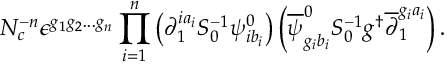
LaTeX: N _ { c } ^ { - n } \epsilon ^ { g _ { 1 } g _ { 2 } . . . g _ { n } } \prod _ { i = 1 } ^ { n } \left( \partial _ { 1 } ^ { i a _ { i } } S _ { 0 } ^ { - 1 } \psi _ { i b _ { i } } ^ { 0 } \right) \left( \overline { { { \psi } } } _ { g _ { i } b _ { i } } ^ { 0 } S _ { 0 } ^ { - 1 } g ^ { \dag } \overline { { { \partial } } } _ { 1 } ^ { g _ { i } a _ { i } } \right) .